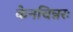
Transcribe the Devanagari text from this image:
केनचिन्नरः